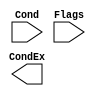
// vim: set expandtab:

module condcheck (
    Cond,
    Flags,
    CondEx
);
    input wire [3:0] Cond;
    input wire [3:0] Flags;
    output wire CondEx;

    // ADD CODE HERE
endmodule